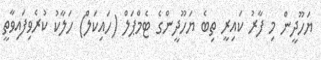
ޔަހޫދީން މި ފާރު ކައިރީ ތިބެ ޔަހޫދީންގެ ޓެމްޕަލް (ހައިކަލް) ހަލާކު ކުރެވިފައިވާތީ